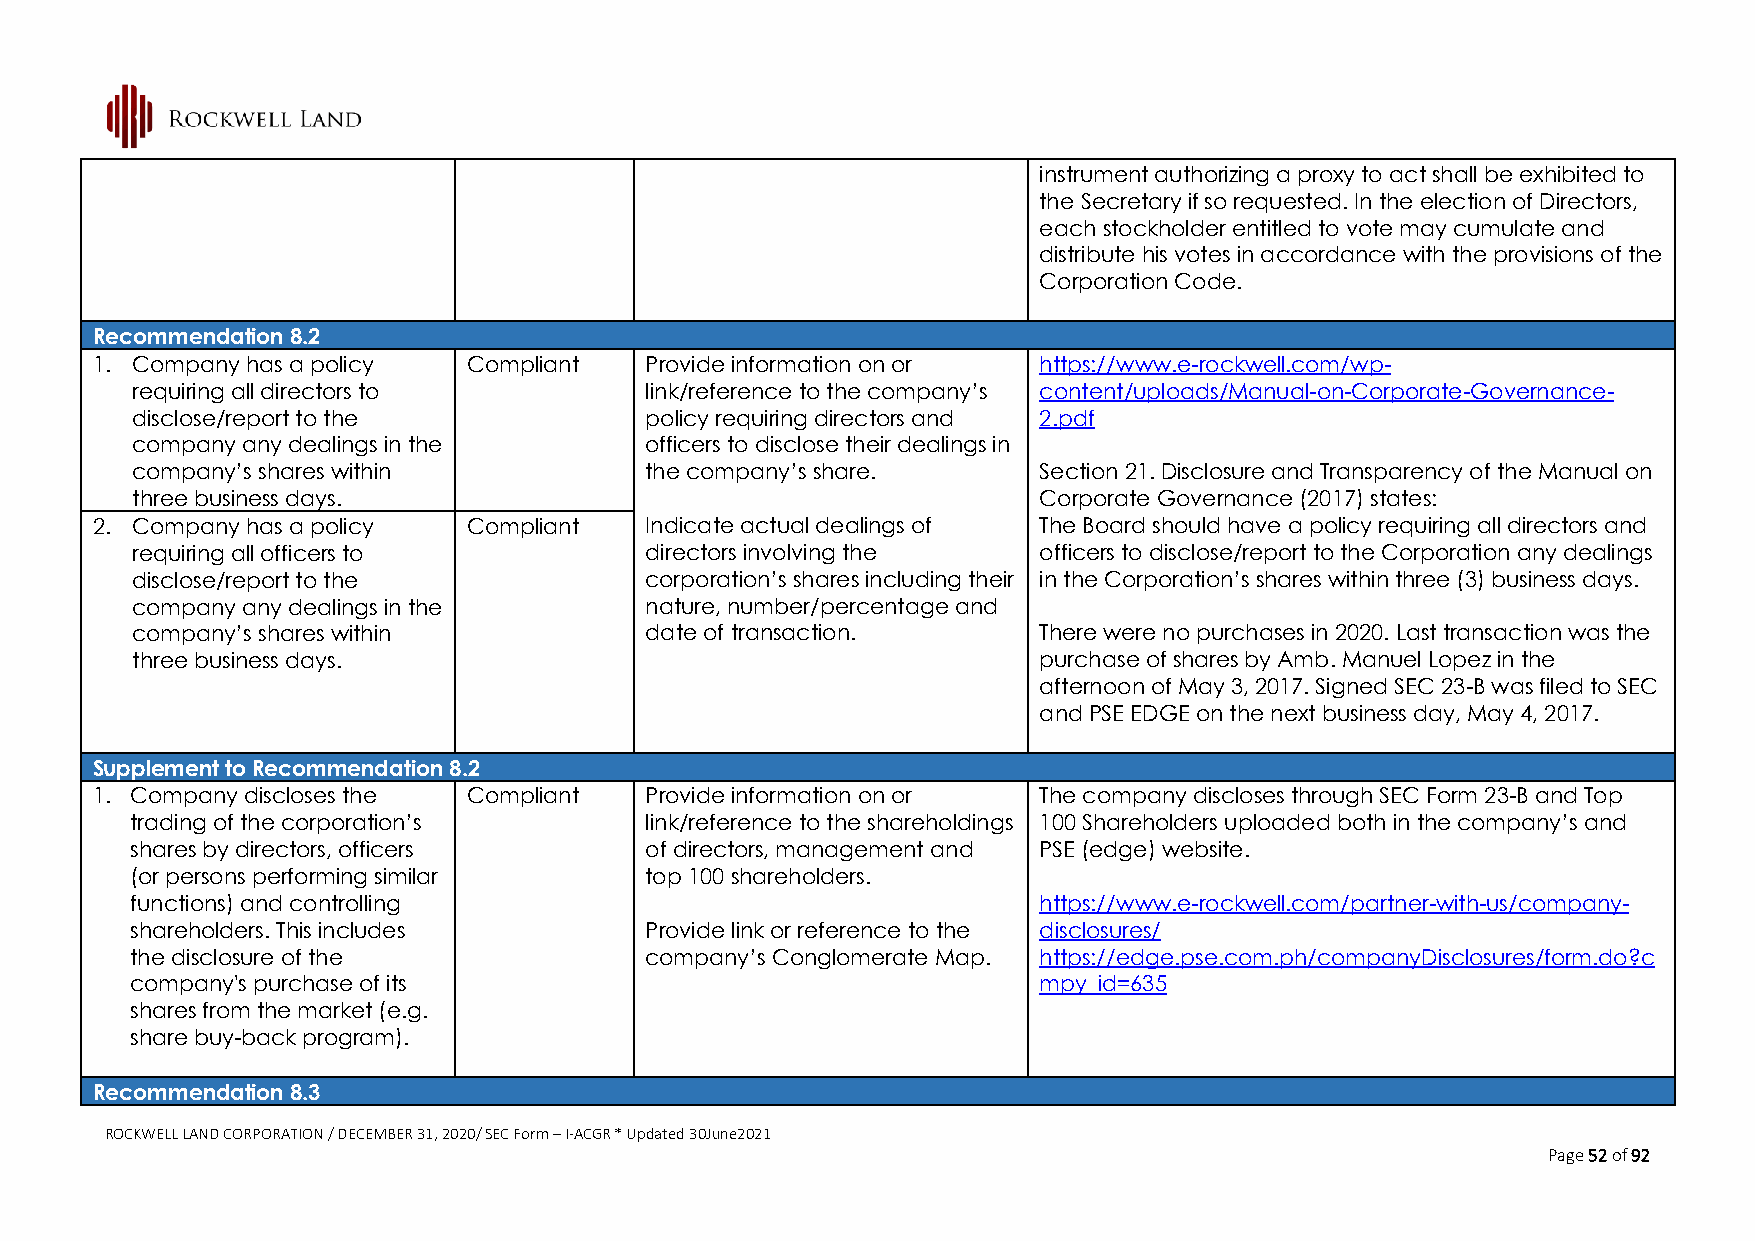
instrument authorizing a proxy to act shall be exhibited to
 the Secretary if so requested. In the election of Directors,
 each stockholder entitled to vote may cumulate and
 distribute his votes in accordance with the provisions of the
 Corporation Code.
 Recommendation 8.2
 1. Company has a policy  Compliant   Provide information on or https://www.e-rockwell.com/wp-
 requiring all directors to        link/reference to the company’s content/uploads/Manual-on-Corporate-Governance-
 disclose/report to the            policy requiring directors and 2.pdf
 company any dealings in the       officers to disclose their dealings in
 company’s shares within           the company’s share.      Section 21. Disclosure and Transparency of the Manual on
 three business days.                                        Corporate Governance (2017) states:
 2. Company has a policy  Compliant   Indicate actual dealings of The Board should have a policy requiring all directors and
 requiring all officers to         directors involving the   officers to disclose/report to the Corporation any dealings
 disclose/report to the            corporation’s shares including their in the Corporation’s shares within three (3) business days.
 company any dealings in the       nature, number/percentage and
 company’s shares within           date of transaction.      There were no purchases in 2020. Last transaction was the
 three business days.                                        purchase of shares by Amb. Manuel Lopez in the
 afternoon of May 3, 2017. Signed SEC 23-B was filed to SEC
 and PSE EDGE on the next business day, May 4, 2017.
 Supplement to Recommendation 8.2
 1. Company discloses the Compliant   Provide information on or The company discloses through SEC Form 23-B and Top
 trading of the corporation’s      link/reference to the shareholdings 100 Shareholders uploaded both in the company’s and
 shares by directors, officers     of directors, management and PSE (edge) website.
 (or persons performing similar    top 100 shareholders.
 functions) and controlling                                  https://www.e-rockwell.com/partner-with-us/company-
 shareholders. This includes       Provide link or reference to the disclosures/
 the disclosure of the             company’s Conglomerate Map. https://edge.pse.com.ph/companyDisclosures/form.do?c
 company's purchase of its                                   mpy_id=635
 shares from the market (e.g.
 share buy-back program).
 Recommendation 8.3
 ROCKWELL LAND CORPORATION / DECEMBER 31, 2020/ SEC Form – I-ACGR * Updated 30June2021
 Page 52 of 92